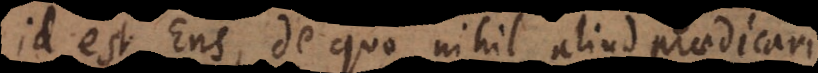
id est Ens, de quo nihil aliud praedicari